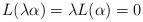
LaTeX: \begin{align*}L(\lambda\alpha)=\lambda L(\alpha)=0\end{align*}